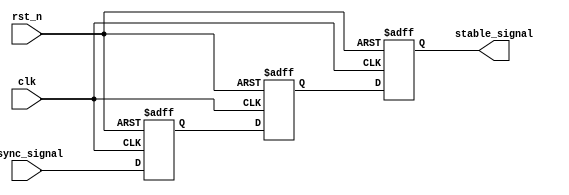
module meta_stability_filter (
    input wire clk,            // Clock signal for synchronization
    input wire rst_n,         // Asynchronous active-low reset
    input wire async_signal,   // Incoming asynchronous signal
    output reg stable_signal    // Filtered stable output signal
);

    // Internal signals for the flip-flops
    reg ff1, ff2;

    // Asynchronous reset and flip-flop behavior
    always @(posedge clk or negedge rst_n) begin
        if (!rst_n) begin
            // Reset the flip-flops to a known state
            ff1 <= 1'b0;
            ff2 <= 1'b0;
            stable_signal <= 1'b0;
        end else begin
            // First flip-flop samples the asynchronous signal
            ff1 <= async_signal;
            // Second flip-flop synchronizes the output
            ff2 <= ff1;
            // Output the stable signal
            stable_signal <= ff2;
        end
    end

endmodule